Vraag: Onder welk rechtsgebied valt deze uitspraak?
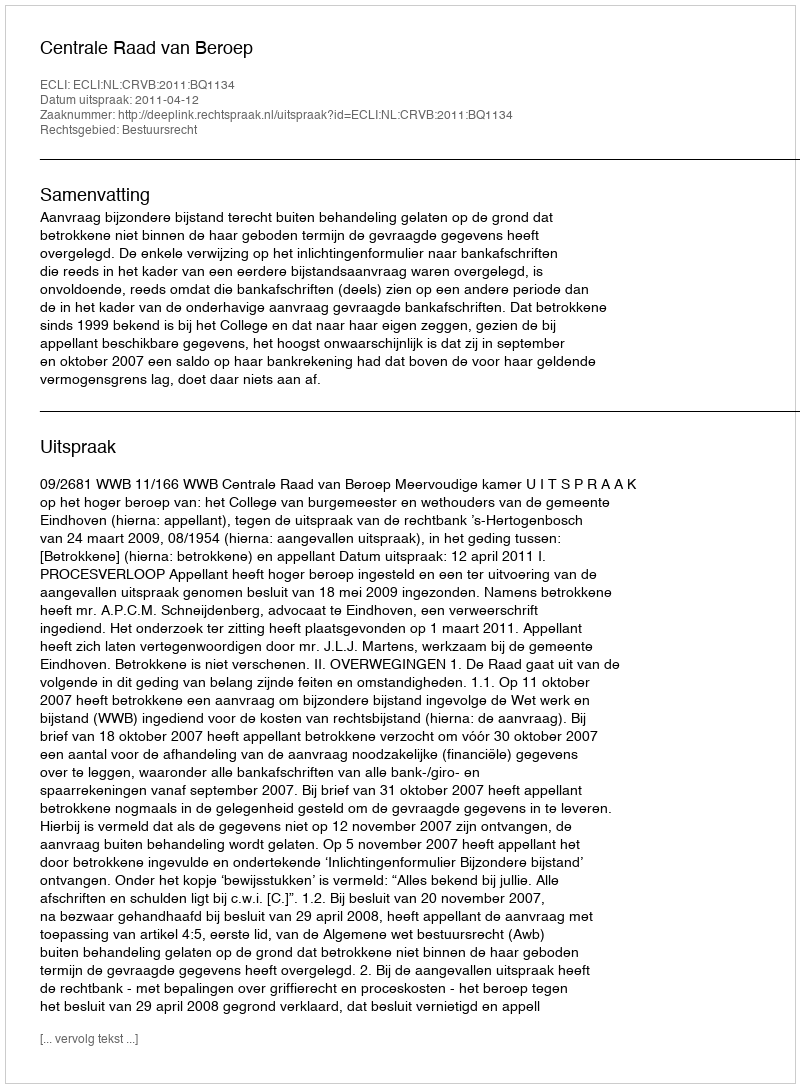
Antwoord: Bestuursrecht